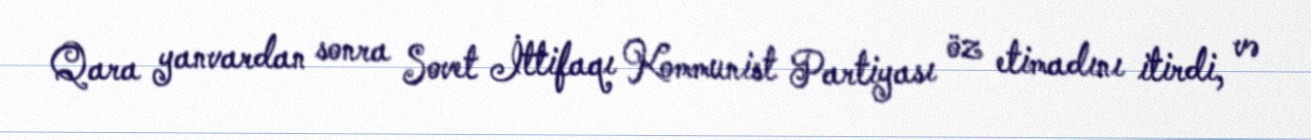
Qara yanvardan sonra Sovet İttifaqı Kommunist Partiyası öz etimadını itirdi, və